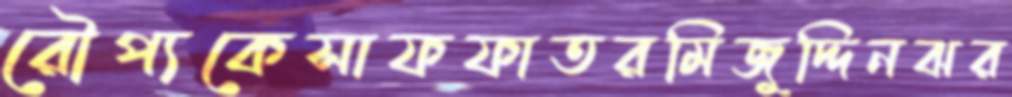
রৌপ্যকেসাফফাতরমিজুদ্দিনঝর